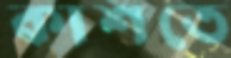
কাশতে